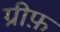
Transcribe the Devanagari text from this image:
ग्रीफ़